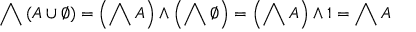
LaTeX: \bigwedge \left( A \cup \emptyset \right) = \left( \bigwedge A \right) \wedge \left( \bigwedge \emptyset \right) = \left( \bigwedge A \right) \wedge 1 = \bigwedge A